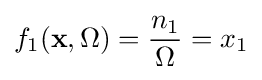
f_{1}(\mathbf {x} ,\Omega )={\frac {n_{1}}{\Omega }}=x_{1}